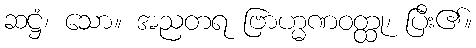
ဆဋ္ဌံ၊ သော။ အညတရ ဗြာဟ္မဏဝတ္ထု၊ ပြီး၏။